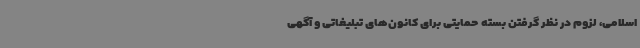
اسلامی، لزوم در نظر گرفتن بسته حمایتی برای کانون‌های تبلیغاتی و آگهی